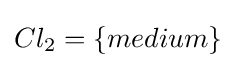
Cl_{2}=\{medium\}